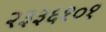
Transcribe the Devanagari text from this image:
२३३६१०१